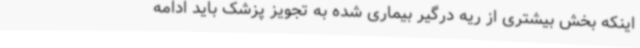
اینکه بخش بیشتری از ریه درگیر بیماری شده به تجویز پزشک باید ادامه